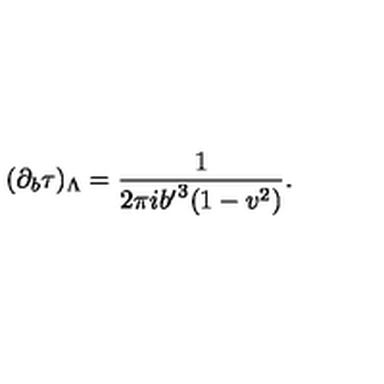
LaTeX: ( \partial _ { b } \tau ) _ { \Lambda } = { \frac { 1 } { 2 \pi i { b ^ { \prime } } ^ { 3 } ( 1 - v ^ { 2 } ) } } .